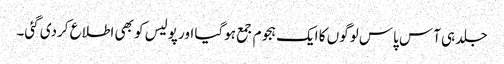
جلد ہی آس پاس لوگوں کا ایک ہجوم جمع ہوگیا اور پولیس کو بھی اطلاع کردی گئی۔